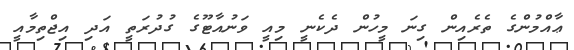
ޢާއްމުންގެ ތެރެއިން ގިނަ މީހުން ދެކެނީ މިއީ ވަނުއާޓޫގެ ގުދުރަތީ އަދި އިޖްތިމާއީ